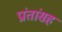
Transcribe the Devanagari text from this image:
प्रांतांसह